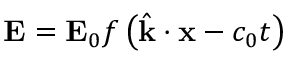
\mathbf { E } = \mathbf { E } _ { 0 } f \left( { \hat { \mathbf { k } } } \cdot \mathbf { x } - c _ { 0 } t \right)